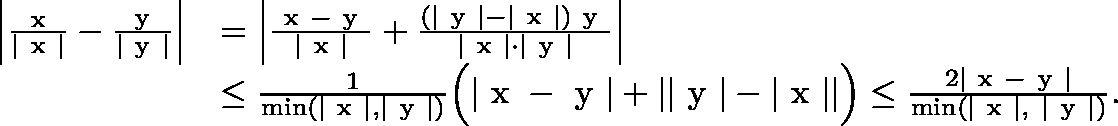
\begin{array} { r } { \begin{array} { r l } { \Big | \frac { \mathrm { \boldmath ~ x ~ } } { | \mathrm { \boldmath ~ x ~ } | } - \frac { \mathrm { \boldmath ~ y ~ } } { | \mathrm { \boldmath ~ y ~ } | } \Big | } & { = \Big | \frac { \mathrm { \boldmath ~ x ~ } - \mathrm { \boldmath ~ y ~ } } { | \mathrm { \boldmath ~ x ~ } | } + \frac { ( | \mathrm { \boldmath ~ y ~ } | - | \mathrm { \boldmath ~ x ~ } | ) \mathrm { \boldmath ~ y ~ } } { | \mathrm { \boldmath ~ x ~ } | \cdot | \mathrm { \boldmath ~ y ~ } | } \Big | } \\ & { \leq \frac { 1 } { \mathrm { m i n } ( | \mathrm { \boldmath ~ x ~ } | , | \mathrm { \boldmath ~ y ~ } | ) } \Big ( | \mathrm { \boldmath ~ x ~ } - \mathrm { \boldmath ~ y ~ } | + | | \mathrm { \boldmath ~ y ~ } | - | \mathrm { \boldmath ~ x ~ } | | \Big ) \leq \frac { 2 | \mathrm { \boldmath ~ x ~ } - \mathrm { \boldmath ~ y ~ } | } { \mathrm { m i n } ( | \mathrm { \boldmath ~ x ~ } | , ~ | \mathrm { \boldmath ~ y ~ } | ) } . } \end{array} } \end{array}